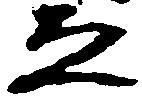
ゑ